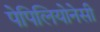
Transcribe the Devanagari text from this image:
पेपिलियोनेसी